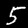
Label: 5